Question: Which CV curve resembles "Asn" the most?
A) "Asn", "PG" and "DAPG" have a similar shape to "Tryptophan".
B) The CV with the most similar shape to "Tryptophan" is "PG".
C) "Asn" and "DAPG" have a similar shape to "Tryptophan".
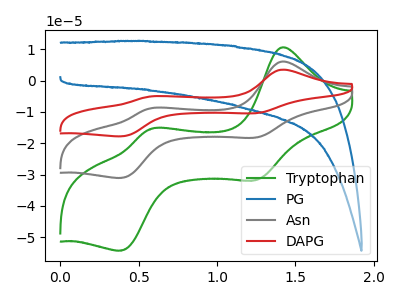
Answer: <think>The green curve "Tryptophan" has anodic peaks at (1.40V, 10.55uA) (0.55V, -15.50uA) and cathodic peaks at (1.25V, -31.85uA) (0.40V, -54.25uA). The blue curve "PG" has no peaks. The gray curve "Asn" has anodic peaks at (1.40V, 6.05uA) (0.55V, -8.90uA) and cathodic peaks at (1.25V, -18.25uA) (0.40V, -31.10uA). The red curve "DAPG" has anodic peaks at (1.40V, 12.05uA) (0.55V, -17.80uA) and cathodic peaks at (1.25V, -36.45uA) (0.40V, -62.15uA).
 "Tryptophan" and "PG" have a different number of peaks. All the peaks in "Tryptophan" have a peak in "Asn" at the same potential. All the peaks in "Tryptophan" have a peak in "DAPG" at the same potential. "PG" and "Asn" have a different number of peaks. "PG" and "DAPG" have a different number of peaks. All the peaks in "Asn" have a peak in "DAPG" at the same potential.</think>
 <answer>C) "Asn" and "DAPG" have a similar shape to "Tryptophan".</answer>
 <eval>C</eval>